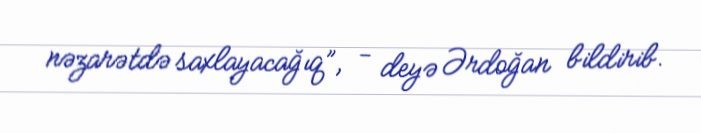
nəzarətdə saxlayacağıq”, - deyə Ərdoğan bildirib.